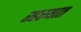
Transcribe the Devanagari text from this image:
रहस्यात